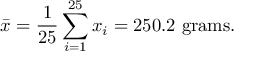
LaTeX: { \bar { x } } = { \frac { 1 } { 2 5 } } \sum _ { i = 1 } ^ { 2 5 } x _ { i } = 2 5 0 . 2 { \mathrm { ~ g r a m s } } .